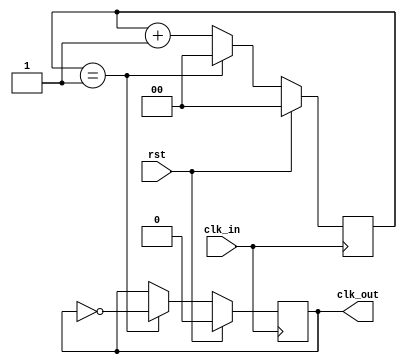
module ClockDivider(
	output reg clk_out,
	input clk_in, rst
);

parameter FIRST_EDGE = 1'b1;
parameter DIVISOR = 2;

reg [$clog2(DIVISOR):0] counter = 0;

always@ (posedge clk_in)
begin
	if (rst)
	begin
		counter <= 0;
		clk_out <= ~FIRST_EDGE;
	end
	else if (counter == (DIVISOR-1))
	begin
		counter <= 0;
		clk_out <= ~clk_out;
	end
	else counter <= counter + 1'b1;
end

initial clk_out = ~FIRST_EDGE;

endmodule